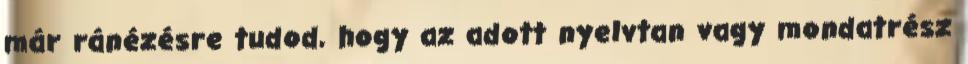
már ránézésre tudod, hogy az adott nyelvtan vagy mondatrész